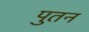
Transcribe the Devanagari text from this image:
पुतन